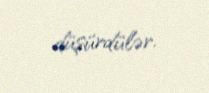
düşürdülər.